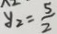
y _ { 2 } = \frac { 5 } { 2 }